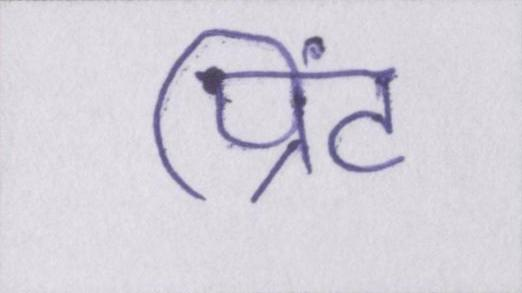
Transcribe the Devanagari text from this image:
प्रिंट